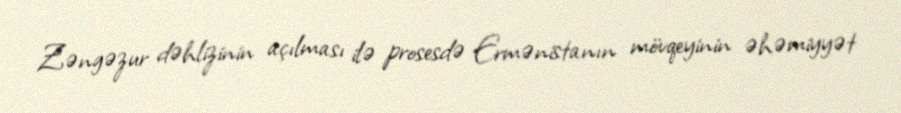
Zəngəzur dəhlizinin açılması ilə prosesdə Ermənistanın mövqeyinin əhəmiyyət